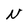
Character: N